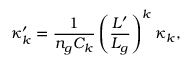
\kappa _ { k } ^ { \prime } = \frac { 1 } { n _ { g } C _ { k } } \left( \frac { L ^ { \prime } } { L _ { g } } \right) ^ { k } \kappa _ { k } ,